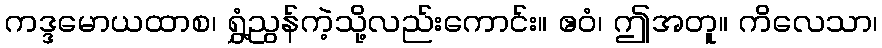
ကဒ္ဒမောယထာစ၊ ရွှံ့ညွန်ကဲ့သို့လည်းကောင်း။ ဧဝံ၊ ဤအတူ။ ကိလေသာ၊